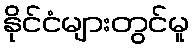
နိုင်ငံများတွင်မူ